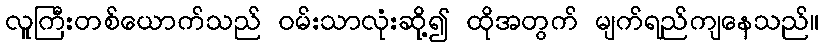
လူကြီးတစ်ယောက်သည် ဝမ်းသာလုံးဆို့၍ ထိုအတွက် မျက်ရည်ကျနေသည်။